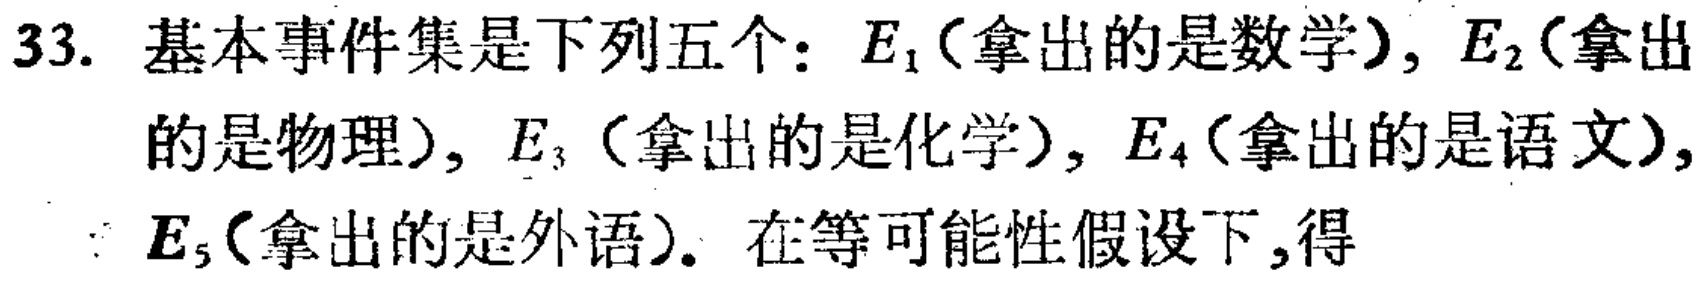
33. 基本事件集是下列五个：$E_1$(拿出的是数学), $E_2$(拿出的是物理), $E_3$(拿出的是化学), $E_4$(拿出的是语文), $E_5$(拿出的是外语). 在等可能性假设下,得